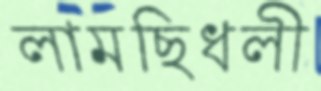
লামছিধলী